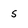
Character: s